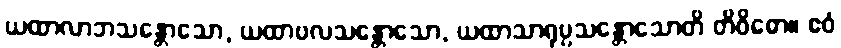
ယထာလာဘသန္တောသော, ယထာဗလသန္တောသော, ယထာသာရုပ္ပသန္တောသောတိ တိဝိဓော။ ဧဝံ